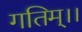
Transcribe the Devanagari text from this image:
गतिम्।।